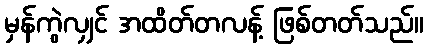
မှန်ကွဲလျှင် အထိတ်တလန့် ဖြစ်တတ်သည်။